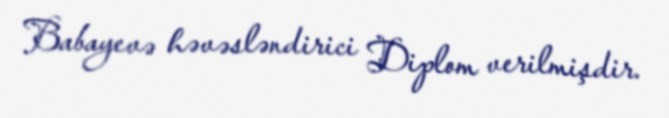
Babayevə həvəsləndirici Diplom verilmişdir.